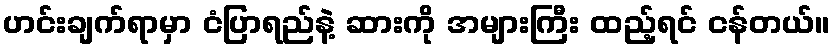
ဟင်းချက်ရာမှာ ငံပြာရည်နဲ့ ဆားကို အများကြီး ထည့်ရင် ငန်တယ်။